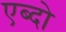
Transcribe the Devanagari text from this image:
एब्दो